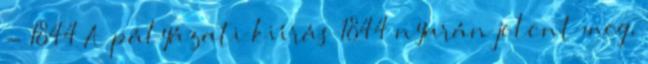
- 1844 A pályázati kiírás 1844 nyarán jelent meg,